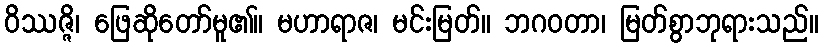
ဝိဿဇ္ဇိ၊ ဖြေဆိုတော်မူ၏။ မဟာရာဇ၊ မင်းမြတ်။ ဘဂဝတာ၊ မြတ်စွာဘုရားသည်။